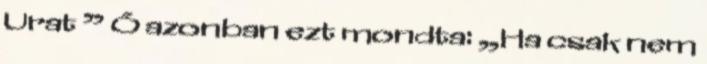
Urat ” Ő azonban ezt mondta: „Ha csak nem